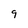
Character: 9